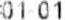
#01 01